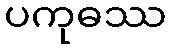
ပကုဓဿ